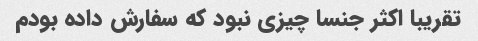
تقریبا اکثر جنسا چیزی نبود که سفارش داده بودم